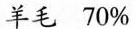
羊毛 70%